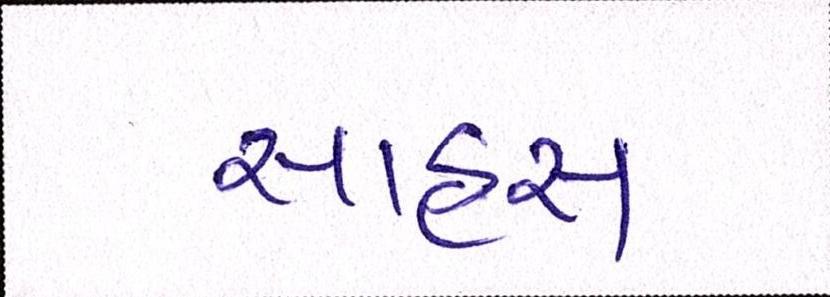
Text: સાહસ